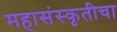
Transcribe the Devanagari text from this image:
महासंस्कृतीचा